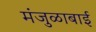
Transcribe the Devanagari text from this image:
मंजुळाबाई